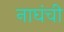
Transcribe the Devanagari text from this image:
नाघंची